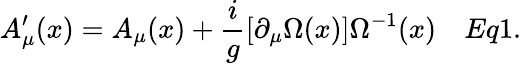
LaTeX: A_{\mu}^{\prime}(x)=A_{\mu}(x)+{\frac{i}{g}}[\partial_{\mu}\Omega(x)]\Omega^{-1}(x)\quad Eq1.